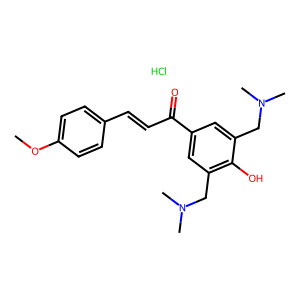
SMILES: COc1ccc(C=CC(=O)c2cc(CN(C)C)c(O)c(CN(C)C)c2)cc1.Cl
Inhibits HIV replication: No